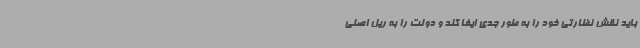
باید نقش نظارتی خود را به طور جدی ایفا کند و دولت را به ریل اصلی